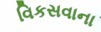
વિકસવાના